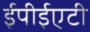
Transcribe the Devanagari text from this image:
ईपीईएटी